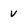
Character: v